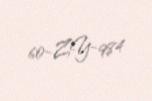
60-ZY-984